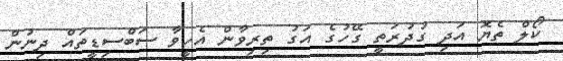
ކޯލް ތެޔޮ އަދި ގުދުރަތީ ގޭހުގެ އަގު ތިރިވާން އެހީވާ ސަބްސިޑީތައް ދިނުން